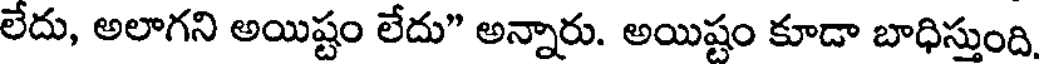
లేదు, అలాగని అయిష్టం లేదు" అన్నారు. అయిష్టం కూడా బాధిస్తుంది